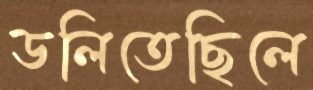
ডলিতেছিলে